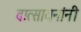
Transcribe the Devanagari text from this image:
वात्सायनांनी